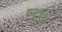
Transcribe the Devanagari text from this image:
शब्दपाक